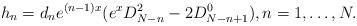
LaTeX: \begin{align*} h_n = d_ne^{(n-1)x}(e^xD_{N-n}^2-2D_{N-n+1}^0),n=1,\ldots, N.\end{align*}